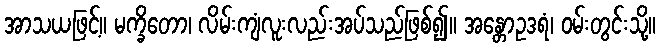
အာသယဖြင့်။ မက္ခိတော၊ လိမ်းကျံလူးလည်းအပ်သည်ဖြစ်၍။ အန္တောဥဒရံ၊ ဝမ်းတွင်းသို့။